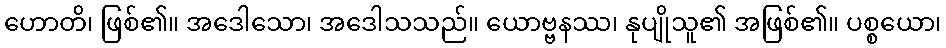
ဟောတိ၊ ဖြစ်၏။ အဒေါသော၊ အဒေါသသည်။ ယောဗ္ဗနဿ၊ နုပျိုသူ၏ အဖြစ်၏။ ပစ္စယော၊